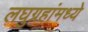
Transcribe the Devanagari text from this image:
लघुग्रहांमध्ये